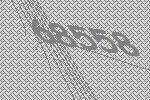
68558